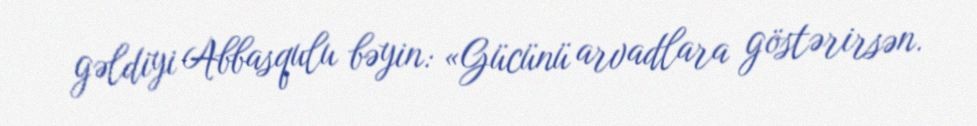
gəldiyi Abbasqulu bəyin: «Gücünü arvadlara göstərirsən.